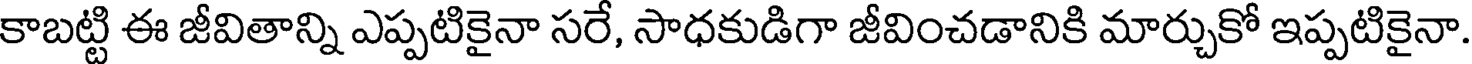
కాబట్టి ఈ జీవితాన్ని ఎప్పటికైనా సరే, సాధకుడిగా జీవించడానికి మార్చుకో ఇప్పటికైనా.